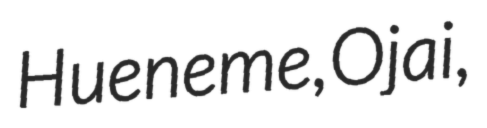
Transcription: Hueneme, Ojai,